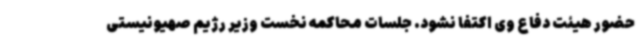
حضور هیئت دفاع وی اکتفا نشود. جلسات محاکمه نخست وزیر رژیم صهیونیستی